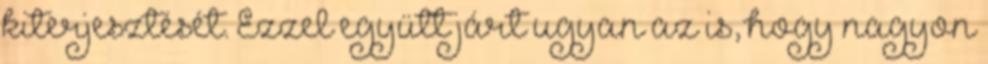
kiterjesztését. Ezzel együtt járt ugyan az is, hogy nagyon